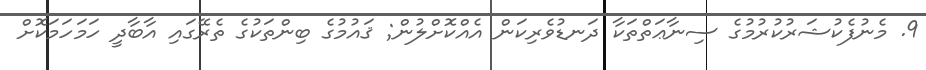
9. މެނުފެކުޝަރުކުރުމުގެ ސިނާޢަތްތަކާ ދަނޑުވެރިކަން އެއްކޮށްލުން; ޤައުމުގެ ބިންތަކުގެ ތެރޭގައި އާބާދީ ހަމަހަމަކޮށް